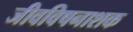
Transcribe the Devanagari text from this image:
जीवविषनाशक